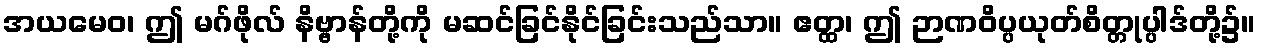
အယမေဝ၊ ဤ မဂ်ဖိုလ် နိဗ္ဗာန်တို့ကို မဆင်ခြင်နိုင်ခြင်းသည်သာ။ ဧတ္ထ၊ ဤ ဉာဏဝိပ္ပယုတ်စိတ္တုပ္ပါဒ်တို့၌။